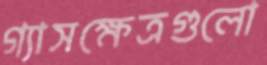
গ্যাসক্ষেত্রগুলো